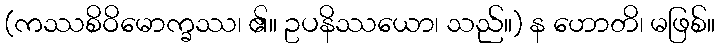
(ကဿစိဝိမောက္ခဿ၊ ၏။ ဥပနိဿယော၊ သည်။) န ဟောတိ၊ မဖြစ်။